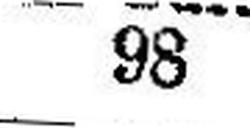
98